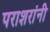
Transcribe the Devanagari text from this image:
पराशरांनी